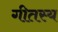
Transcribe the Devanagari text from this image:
गीतस्य